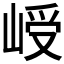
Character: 𪨾